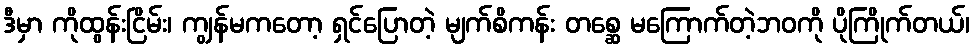
ဒီမှာ ကိုထွန်းငြိမ်း၊ ကျွန်မကတော့ ရှင်ပြောတဲ့ မျက်စိကန်း တစ္ဆေ မကြောက်တဲ့ဘဝကို ပိုကြိုက်တယ်၊